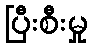
ပြီးစီးမှု